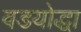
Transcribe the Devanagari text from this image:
वडयोद्धा